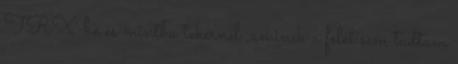
TRX-be és mintha tekernél ,aminek a felét sem tudtam